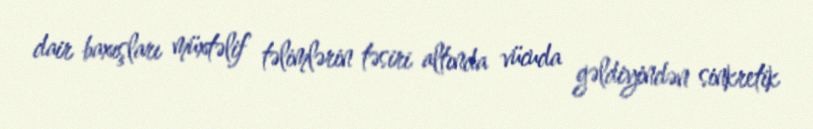
dair baxışları müxtəlif təlimlərin təsiri altında vücuda gəldiyindən sinkretik